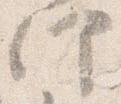
仰